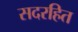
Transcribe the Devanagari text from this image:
सदरहित